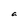
Character: a